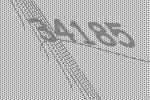
34185